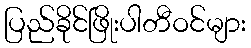
ပြည်ခိုင်ဖြိုးပါတီဝင်များ